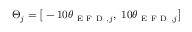
\Theta _ { j } = \big [ - 1 0 \theta _ { \mathrm { ~ E ~ F ~ D ~ } , j } , ~ 1 0 \theta _ { \mathrm { ~ E ~ F ~ D ~ } , j } \big ]